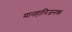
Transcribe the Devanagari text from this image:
मानहानिजनक